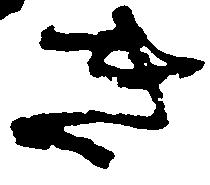
き